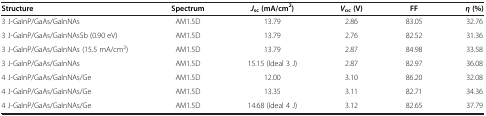
<table><thead><tr><td><b>Structure</b></td><td><b>Spectrum</b></td><td><b><i>J</i><sub>sc </sub>(mA/cm<sup>2</sup>)</b></td><td><b><i>V</i><sub>oc </sub>(V)</b></td><td><b>FF</b></td><td><b><i>η </i>(%)</b></td></tr></thead><tbody><tr><td>3 J-GaInP/GaAs/GaInNAs</td><td>AM1.5D</td><td>13.79</td><td>2.86</td><td>83.05</td><td>32.76</td></tr><tr><td>3 J-GaInP/GaAs/GaInNAsSb (0.90 eV)</td><td>AM1.5D</td><td>13.79</td><td>2.76</td><td>82.52</td><td>31.36</td></tr><tr><td>3 J-GaInP/GaAs/GaInNAs (15.5 mA/cm<sup>2</sup>)</td><td>AM1.5D</td><td>13.79</td><td>2.87</td><td>84.98</td><td>33.58</td></tr><tr><td>3 J-GaInP/GaAs/GaInNAs</td><td>AM1.5D</td><td>15.15 (Ideal 3 J)</td><td>2.87</td><td>82.97</td><td>36.08</td></tr><tr><td>4 J-GaInP/GaAs/GaInNAs/Ge</td><td>AM1.5D</td><td>12.00</td><td>3.10</td><td>86.20</td><td>32.08</td></tr><tr><td>4 J-GaInP/GaAs/GaInNAs/Ge</td><td>AM1.5D</td><td>13.35</td><td>3.11</td><td>82.71</td><td>34.36</td></tr><tr><td>4 J-GaInP/GaAs/GaInNAs/Ge</td><td>AM1.5D</td><td>14.68 (Ideal 4 J)</td><td>3.12</td><td>82.65</td><td>37.79</td></tr></tbody></table>